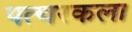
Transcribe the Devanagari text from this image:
पत्थरकला